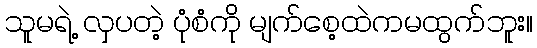
သူမရဲ့ လှပတဲ့ ပုံစံကို မျက်စေ့ထဲကမထွက်ဘူး။